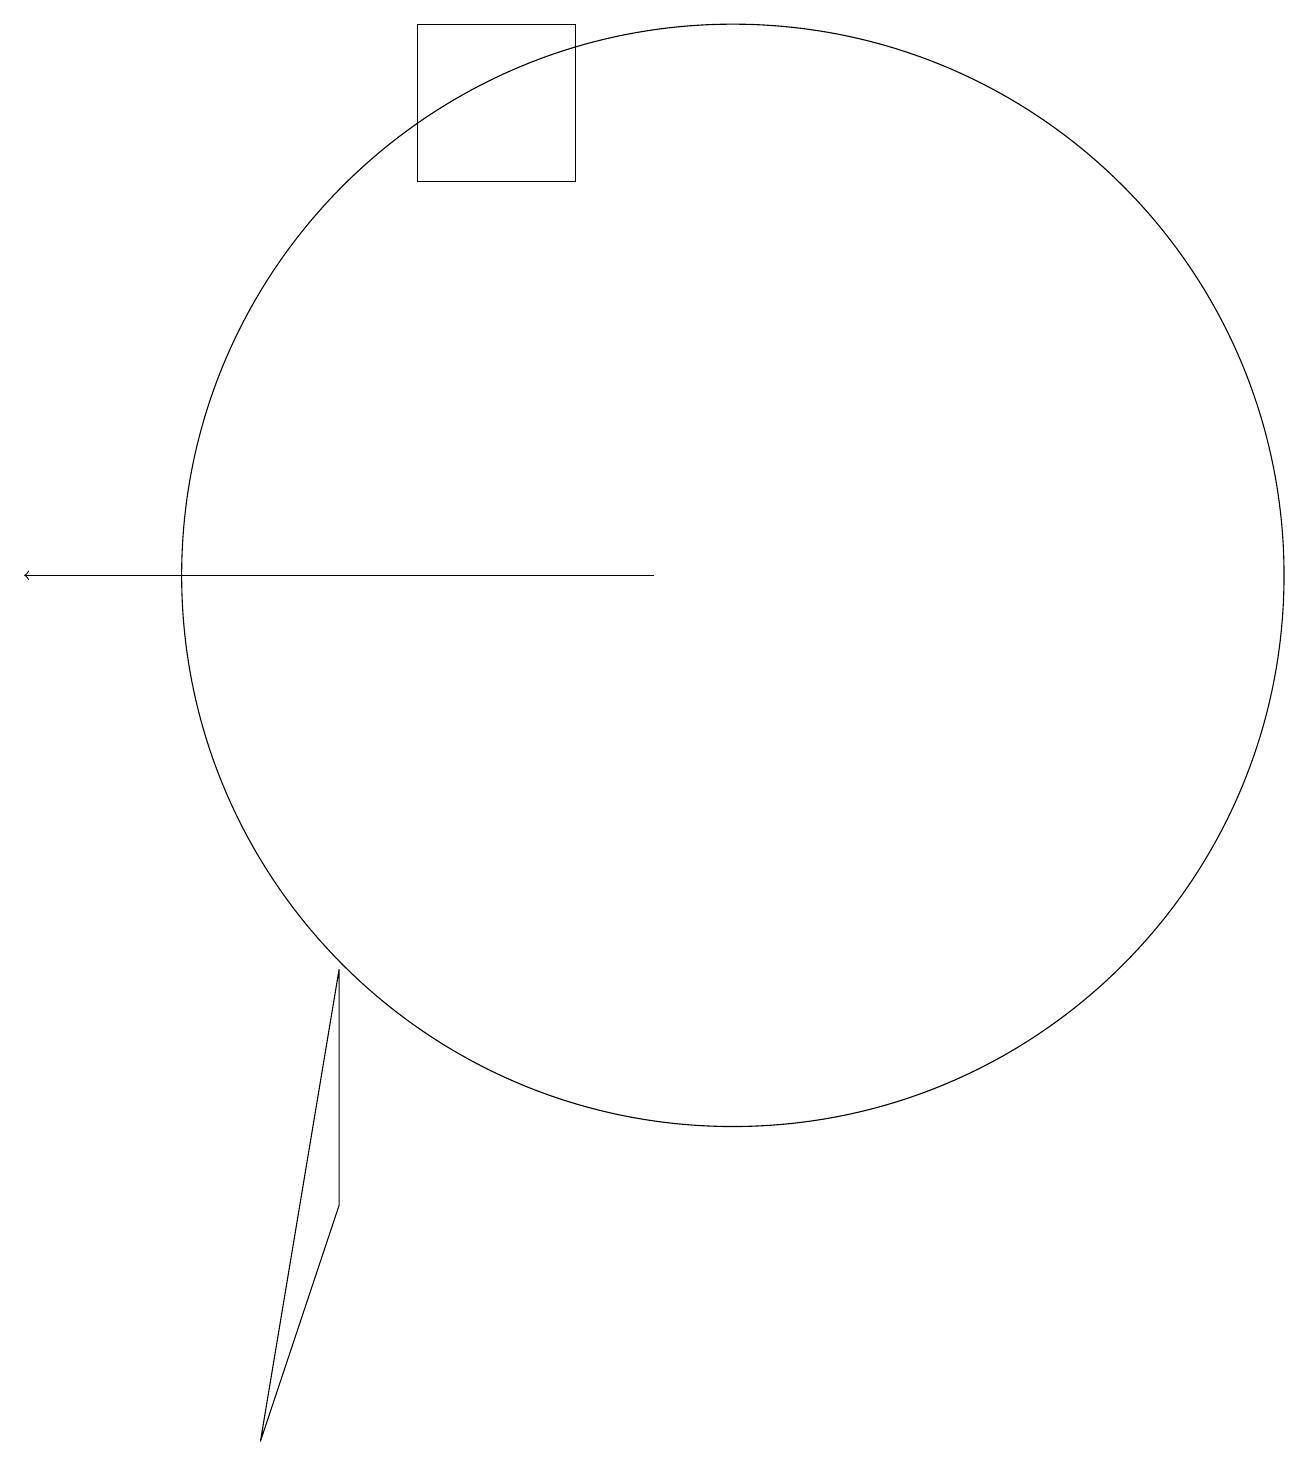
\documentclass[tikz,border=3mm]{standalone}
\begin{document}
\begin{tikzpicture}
\draw[->] (9,11) -- (1,11);
\draw (10,11) circle (7);
\draw (8,18) rectangle (6,16);
\draw (5,6) -- (5,3) -- (4,0) -- cycle;
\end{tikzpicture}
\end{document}